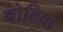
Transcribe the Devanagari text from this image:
बोहिया